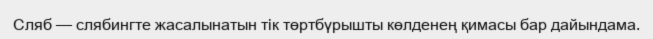
Сляб — слябингте жасалынатын тік төртбүрышты көлденең қимасы бар дайындама.